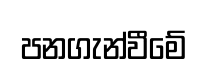
පනගැන්වීමේ